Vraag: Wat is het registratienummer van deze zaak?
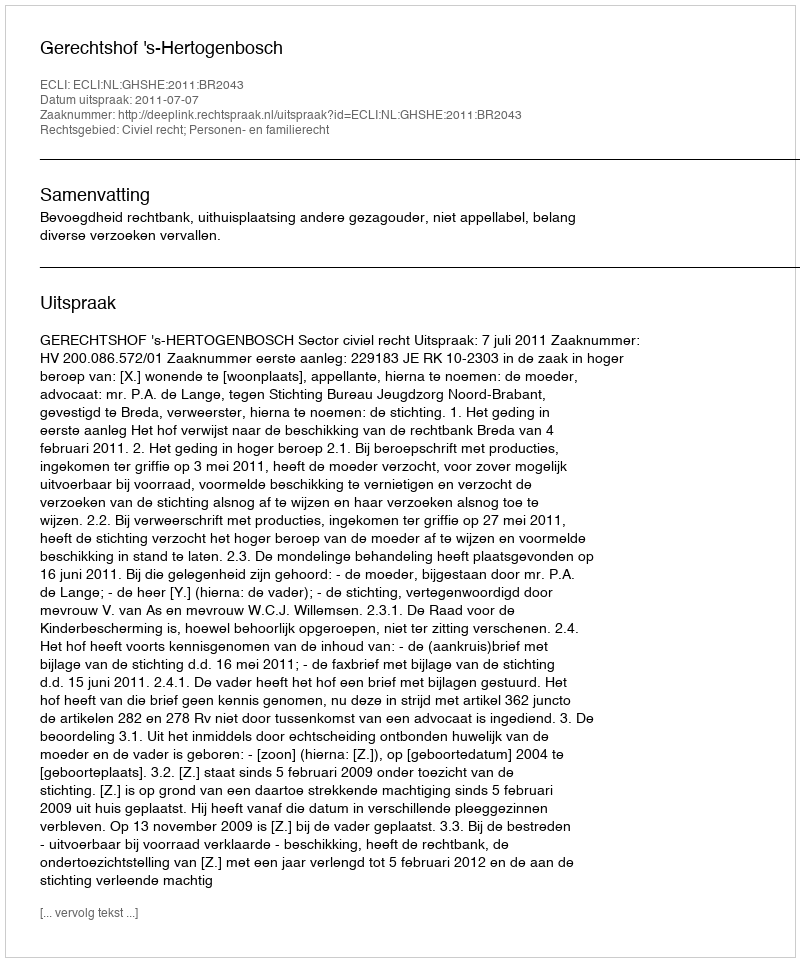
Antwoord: http://deeplink.rechtspraak.nl/uitspraak?id=ECLI:NL:GHSHE:2011:BR2043